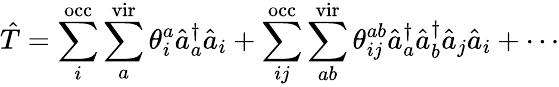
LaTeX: \hat{T}=\sum_{i}^{\mathrm{occ}}\sum_{a}^{\mathrm{vir}}\theta_{i}^{a}\hat{a}_{a}^{\dagger}\hat{a}_{i}+\sum_{ij}^{\mathrm{occ}}\sum_{ab}^{\mathrm{vir}}\theta_{ij}^{ab}\hat{a}_{a}^{\dagger}\hat{a}_{b}^{\dagger}\hat{a}_{j}\hat{a}_{i}+\cdots